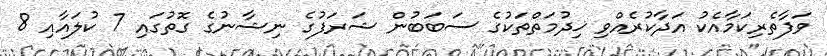
ވަފާތެރިކަމާއެކު އަދާކުރެއްވި ޚިދުމަތްތަކުގެ ސަބަބުން ޝަރަފުގެ ނިޝާނުގެ ގޮތުގައި 7 ކުލައާއި 8